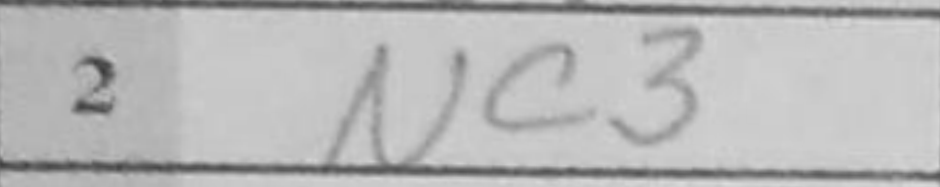
Transcription: Nc3